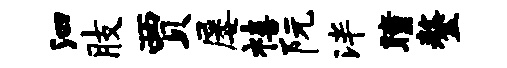
泗肢贾屡禧阮泮瞳鏊